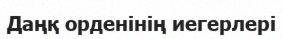
Даңқ орденінің иегерлері